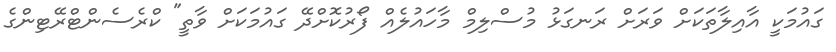
ގައުމަކީ އާއިލާތަކަށް ވަރަށް ރަނގަޅު މުސްލިމް މާހައުލެއް ފޯރުކޮށްދޭ ގައުމަކަށް ވާތީ" ކްރެސެންޓްރޭޓިންގެ